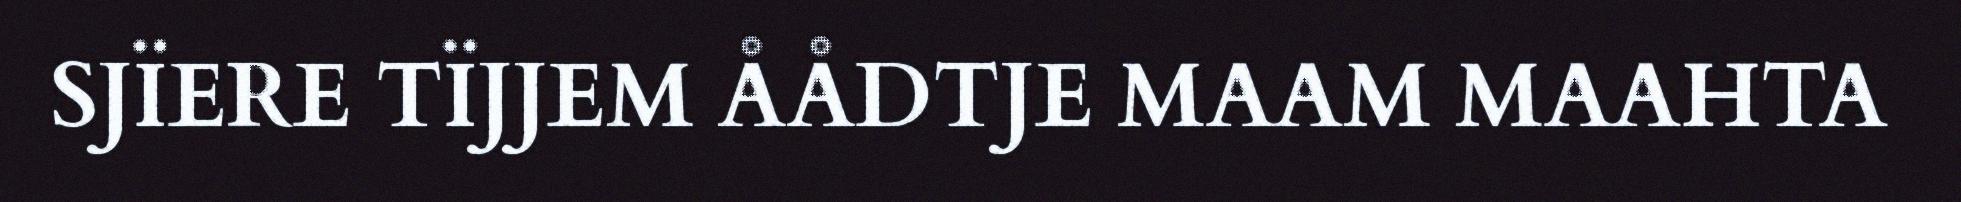
SJÏERE TÏJJEM ÅÅDTJE MAAM MAAHTA